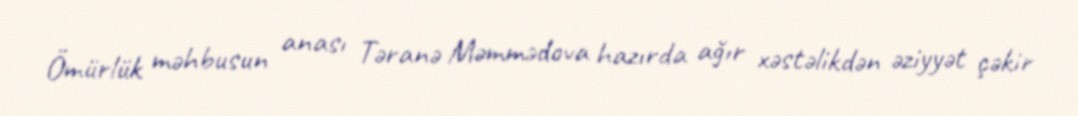
Ömürlük məhbusun anası Təranə Məmmədova hazırda ağır xəstəlikdən əziyyət çəkir